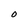
Character: O